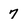
Character: 7